Calcutta medical institutions reports 1871-78
Year: 1871
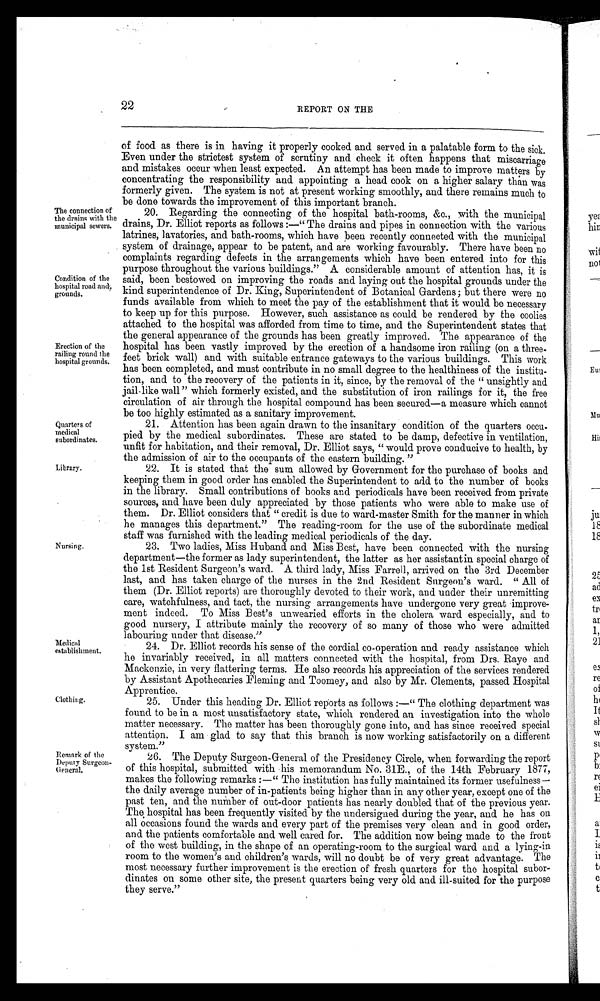
Quarters of
medical
subordinates.
Library.
22 REPORT ON THE
The connection of
the drains with the
municipal sewers.
Condition of the
hospital road and,
grounds.
Erection of the
railing round the
hospital grounds.
Nursing.
Medical
establishment.
Clothing.
Remark of the
Deputy Surgeon-
General.
of food as there is in having it properly cooked and served in a palatable form to the sick.
Even under the strictest system of scrutiny and check it often happens that miscarriage
and mistakes occur when least expected. An attempt has been made to improve matters by
concentrating the responsibility and appointing a head cook on a higher salary than was
formerly given. The system is not at present working smoothly, and there remains much to
be done towards the improvement of this important branch.
20. Regarding the connecting of the hospital bath-rooms, &c., with the municipal
drains, Dr. Elliot reports as follows:—" The drains and pipes in connection with the various
latrines, lavatories, and bath-rooms, which have been recently connected with the municipal
system of drainage, appear to be patent, and are working favourably. There have been no
complaints regarding defects in the arrangements which have been entered into for this
purpose throughout the various buildings." A considerable amount of attention has, it is
said, been bestowed on improving the roads and laying out the hospital grounds under the
kind superintendence of Dr. King, Superintendent of Botanical Gardens; but there were no
funds available from which to meet the pay of the establishment that it would be necessary
to keep up for this purpose. However, such assistance as could be rendered by the coolies
attached to the hospital was afforded from time to time, and the Superintendent states that
the general appearance of the grounds has been greatly improved. The appearance of the
hospital has been vastly improved by the erection of a handsome iron railing (on a three-
feet brick wall) and with suitable entrance gateways to the various buildings. This work
has been completed, and must contribute in no small degree to the healthiness of the institu-
tion, and to the recovery of the patients in it, since, by the removal of the "unsightly and
jail-like wall" which formerly existed, and the substitution of iron railings for it, the free
circulation of air through the hospital compound has been secured—a measure which cannot
be too highly estimated as a sanitary improvement.
21. Attention has been again drawn to the insanitary condition of the quarters occu-
pied by the medical subordinates. These are stated to be damp, defective in ventilation,
unfit for habitation, and their removal, Dr. Elliot says, "would prove conducive to health, by
the admission of air to the occupants of the eastern building."
22. It is stated that the sum allowed by Government for the purchase of books and
keeping them in good order has enabled the Superintendent to add to the number of books
in the library. Small contributions of books and periodicals have been received from private
sources, and have been duly appreciated by those patients who were able to make use of
them. Dr. Elliot considers that "credit is due to ward-master Smith for the manner in which
he manages this department." The reading-room for the use of the subordinate medical
staff was furnished with the leadign medical periodicals of the day.
23. Two ladies, Miss Huband and Miss Best, have been connected with the nursing
department—the former as lady superintendent, the latter as her assistant in special charge of
the 1st Resident Surgeon's ward. A third lady, Miss Farrell, arrived on the 3rd December
last, and has taken charge of the nurses in the 2nd Resident Surgeon's ward. "All of
them (Dr. Elliot reports) are thoroughly devoted to their work, and under their unremitting
care, watchfulness, and tact, the nursing arrangements have undergone very great
i m p r o v e m e n t i n d e e d . T o M i s s B e s t ' s u n w e a r i e d e f f o r t s i n t h e c h o l e r a w a r d e s p e c i a l l y , a n d t o
good nursery, I attribute mainly the recovery of so many of those who were admitted
labouring under
that disease."
24. Dr. Elliot records his sense of the cordial co-operation and ready assistance which
he invariably received, in all matters connected with the hospital, from Drs. Raye and
Mackenzie, in very flattering terms. He also records his appreciation of the services rendered
by Assistant Apothecaries Fleming and Toomey, and also by Mr. Clements, passed Hospital
Apprentice.
25. Under this heading Dr. Elliot reports as follows:—"The clothing department was
found to be in a most unsatisfactory state, which rendered an investigation into the whole
matter necessary. The matter has been thoroughly gone into, and has since received special
attention. I am glad to say that this branch is now working satisfactorily on a different
system."
26. The Deputy Surgeon-General of the Presidency Circle, when forwarding the report
of this hospital, submitted with his memorandum No. 31E., of the 14th February 1877,
makes t he fol l owi ng remarks: —"The i nst i t ut i on has ful l y mai nt ai ned i t s former useful ness—
the daily average number of in-patients being higher than in any other year, except one of the
past ten, and the number of out-door patients has nearly doubled that of the previous year.
The hospital has been frequently visited by the undersigned during the year, and he has on
all occasions found the wards and every part of the premises very clean and in good order,
and the patients comfortable and well cared for. The addition now being made to the front
of the west building, in the shape of an operating-room to the surgical ward and a lying-in
room to the women's and children's wards, will no doubt be of very great advantage. The
most necessary further improvement is the erection of fresh quarters for the hospital subor-
dinates on some other site, the present quarters being very old and ill-suited for the purpose
they serve."